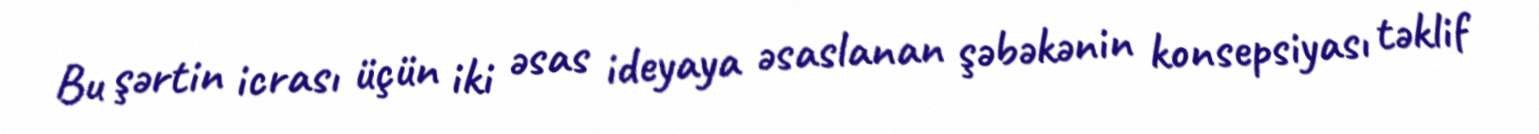
Bu şərtin icrası üçün iki əsas ideyaya əsaslanan şəbəkənin konsepsiyası təklif